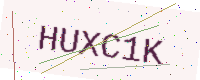
Text: HUXC1K